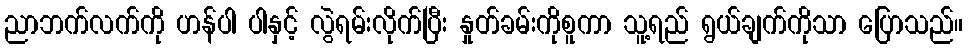
ညာဘက်လက်ကို ဟန်ပါ ပါနှင့် လွဲရမ်းလိုက်ပြီး နှုတ်ခမ်းကိုစူကာ သူ့ရည် ရွယ်ချက်ကိုသာ ပြောသည်။